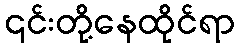
၎င်းတို့နေထိုင်ရာ